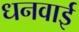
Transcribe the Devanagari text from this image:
धनवाई